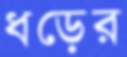
ধড়ের